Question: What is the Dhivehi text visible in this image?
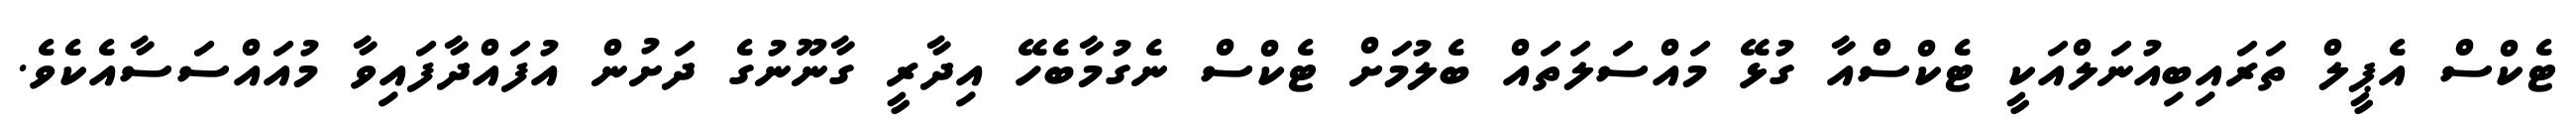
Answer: ޓެކްސް އެޕީލް ތަރައިބިއުނަލްއަކީ ޓެކްސްއާ ގުޅޭ މައްސަލަތައް ބެލުމަށް ޓެކްސް ނެގުމާބެހޭ އިދާރީ ގާނޫނުގެ ދަށުން އުފައްދާފައިވާ މުއައްސަސާއެކެވެ.